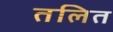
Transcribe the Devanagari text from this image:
तलित